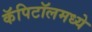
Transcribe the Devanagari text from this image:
कॅपिटॉलमध्ये